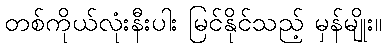
တစ်ကိုယ်လုံးနီးပါး မြင်နိုင်သည့် မှန်မျိုး။